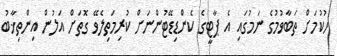
ހުކުމަށް ތަބާވުމުގެ ނަމުގައި އެ ޕާޓީގެ ކެންޑިޑޭޓުންނަށް ކުރިމަތިލެވޭ ގޮތަށް އަލުން އިންތިޚާބު